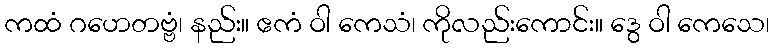
ကထံ ဂဟေတဗ္ဗံ၊ နည်း။ ဧကံ ဝါ ကေသံ၊ ကိုလည်းကောင်း။ ဒွေ ဝါ ကေသေ၊